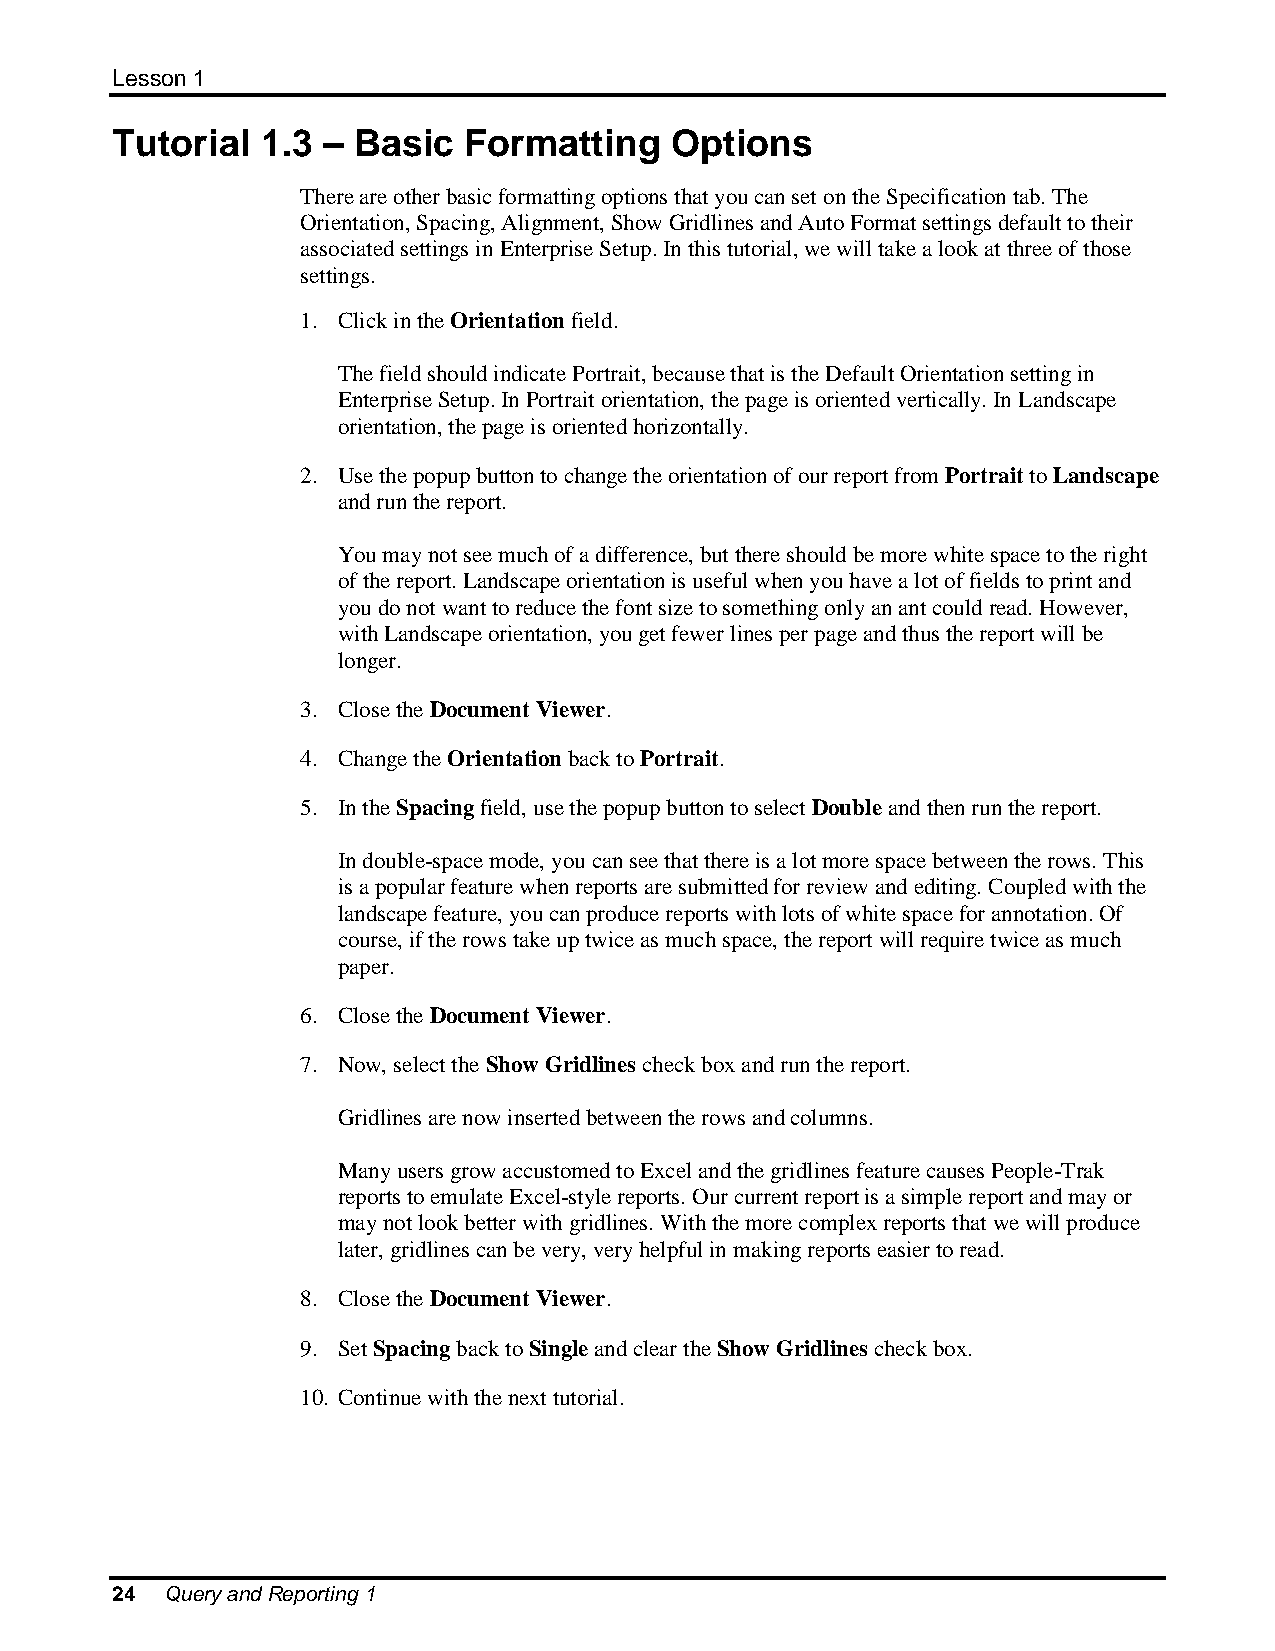
Lesson 1
 Tutorial  1.3 – Basic   Formatting   Options
 There are other basic formatting options that you can set on the Specification tab. The
 Orientation, Spacing, Alignment, Show Gridlines and Auto Format settings default to their
 associated settings in Enterprise Setup. In this tutorial, we will take a look at three of those
 settings.
 1. Click in the Orientation field.
 The field should indicate Portrait, because that is the Default Orientation setting in
 Enterprise Setup. In Portrait orientation, the page is oriented vertically. In Landscape
 orientation, the page is oriented horizontally.
 2. Use the popup button to change the orientation of our report from Portrait to Landscape
 and run the report.
 You may not see much of a difference, but there should be more white space to the right
 of the report. Landscape orientation is useful when you have a lot of fields to print and
 you do not want to reduce the font size to something only an ant could read. However,
 with Landscape orientation, you get fewer lines per page and thus the report will be
 longer.
 3. Close the Document Viewer.
 4. Change the Orientation back to Portrait.
 5. In the Spacing field, use the popup button to select Double and then run the report.
 In double-space mode, you can see that there is a lot more space between the rows. This
 is a popular feature when reports are submitted for review and editing. Coupled with the
 landscape feature, you can produce reports with lots of white space for annotation. Of
 course, if the rows take up twice as much space, the report will require twice as much
 paper.
 6. Close the Document Viewer.
 7. Now, select the Show Gridlines check box and run the report.
 Gridlines are now inserted between the rows and columns.
 Many users grow accustomed to Excel and the gridlines feature causes People-Trak
 reports to emulate Excel-style reports. Our current report is a simple report and may or
 may not look better with gridlines. With the more complex reports that we will produce
 later, gridlines can be very, very helpful in making reports easier to read.
 8. Close the Document Viewer.
 9. Set Spacing back to Single and clear the Show Gridlines check box.
 10. Continue with the next tutorial.
 24  Query and Reporting 1